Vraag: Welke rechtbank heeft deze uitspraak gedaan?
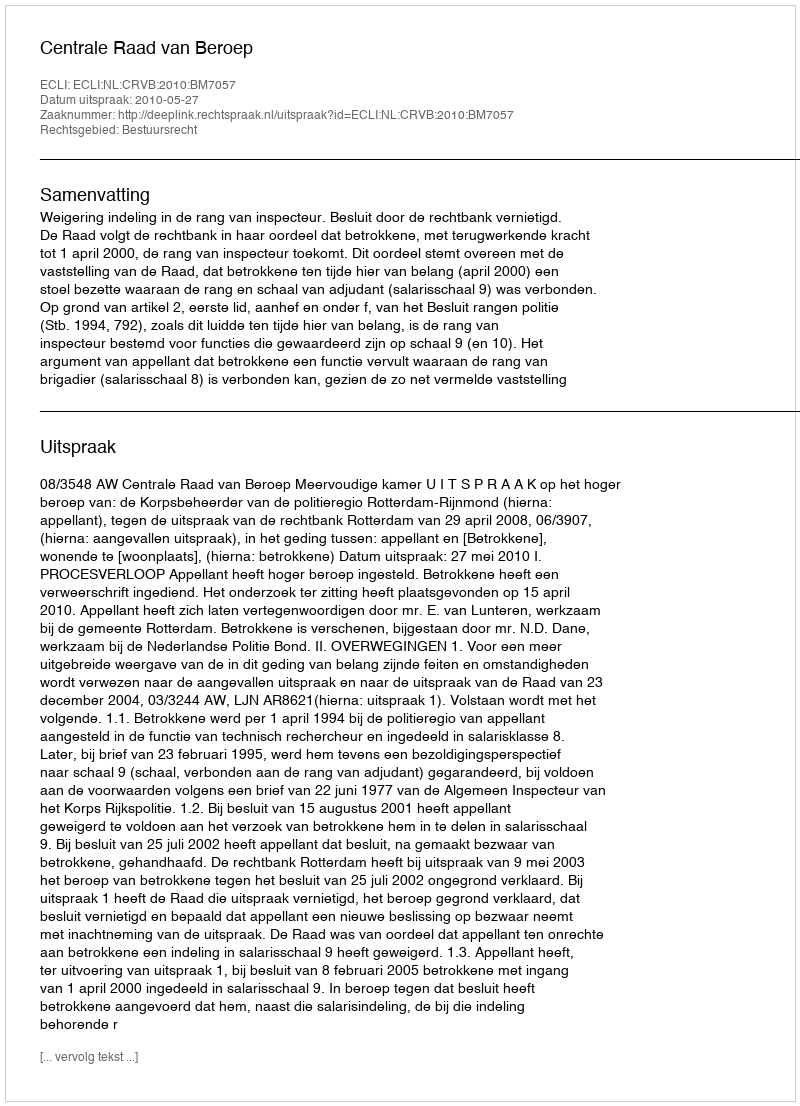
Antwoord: Centrale Raad van Beroep